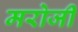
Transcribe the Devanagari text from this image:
मरोजी